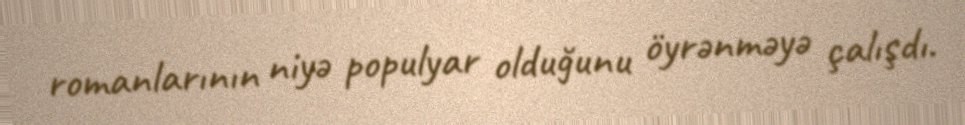
romanlarının niyə populyar olduğunu öyrənməyə çalışdı.